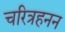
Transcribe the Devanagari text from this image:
चरित्रहनन